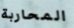
المحاربة